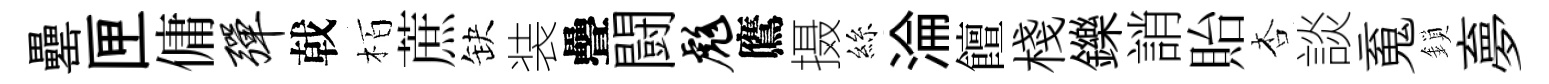
罍匣傭弹戟栢蔗缺装疊闘彪鷹摄絲淪饘棧鑠誚貽杏談䰟鎖夣